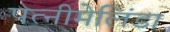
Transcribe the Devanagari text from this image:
पत्नीमेलिंडा